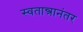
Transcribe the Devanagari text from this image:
स्वतान्त्रानंतर